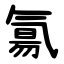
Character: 氱